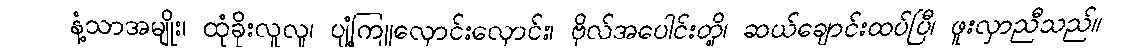
နံ့သာအမျိုး၊ ထုံခိုးလူလူ၊ ပျံ့ကြူလှောင်းလှောင်း၊ ဗိုလ်အပေါင်းတို့၊ ဆယ်ချောင်းထပ်ပြီ၊ ဖူးလှာညီသည်။